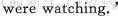
were watehing."